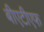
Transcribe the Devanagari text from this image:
बीएटीएफ